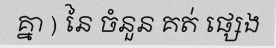
គ្នា ) នៃ ចំនួន គត់ ផ្សេង